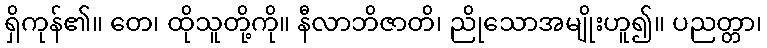
ရှိကုန်၏။ တေ၊ ထိုသူတို့ကို။ နီလာဘိဇာတိ၊ ညိုသောအမျိုးဟူ၍။ ပညတ္တာ၊